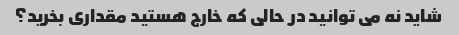
شاید نه می توانید در حالی که خارج هستید مقداری بخرید؟